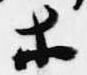
等